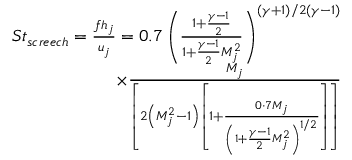
\begin{array} { r } { S t _ { s c r e e c h } = \frac { f h _ { j } } { u _ { j } } = 0 . 7 \left( \frac { 1 + \frac { \gamma - 1 } { 2 } } { 1 + \frac { \gamma - 1 } { 2 } M _ { j } ^ { 2 } } \right) ^ { ( \gamma + 1 ) / 2 ( \gamma - 1 ) } } \\ { \times \frac { M _ { j } } { \left[ 2 \left( M _ { j } ^ { 2 } - 1 \right) \left[ 1 + \frac { 0 \cdot 7 M _ { j } } { \left( 1 + \frac { \gamma - 1 } { 2 } M _ { j } ^ { 2 } \right) ^ { 1 / 2 } } \right] \right] } } \end{array}